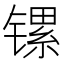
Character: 镙